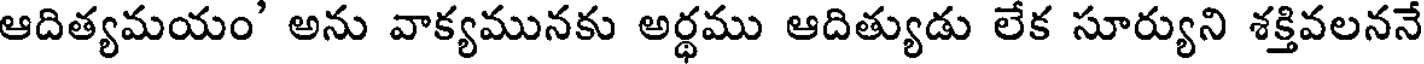
ఆదిత్యమయం' అను వాక్యమునకు అర్థము ఆదిత్యుడు లేక సూర్యుని శక్తివలననే